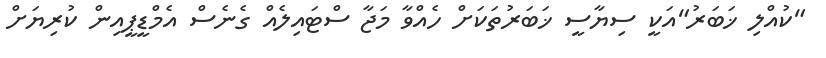
"ކުއްލި ޚަބަރު"އަކީ ސިޔާސީ ޚަބަރުތަކަށް ހެއްވާ މަޖާ ސްޓައިލެއް ގެނެސް އެމްޑީޕީއިން ކުރިޔަށް